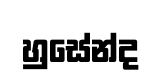
හුසේන්ද